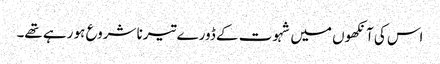
اس کی آنکھوں میں شہوت کے ڈورے تیرنا شروع ہو رہے تھے۔